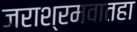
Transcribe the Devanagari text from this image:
जराश्रमवातहा